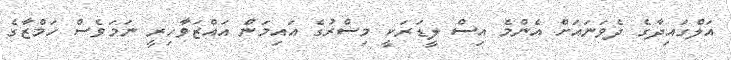
އަލްގައިދާގެ ދެވަނައަށް އެންމެ އިސް ލީޑަރަކީ މިސްރުގެ އައިމަން އައްޒަވާހިރީ ނަމަވެސް ހަމްޒާގެ